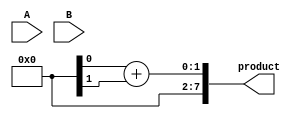
module unfolded_wallace_tree_multiplier #(parameter A_WIDTH = 4, B_WIDTH = 4)(
    input [A_WIDTH-1:0] A,
    input [B_WIDTH-1:0] B,
    output reg [A_WIDTH + B_WIDTH - 1:0] product
);

    // Generate partial products
    wire [A_WIDTH * B_WIDTH - 1:0] partial_products [0:B_WIDTH-1];
    genvar i, j;
    generate
        for (i = 0; i < B_WIDTH; i = i + 1) begin : pp_gen
            for (j = 0; j < A_WIDTH; j = j + 1) begin : pp_and
                assign partial_products[i][(i * A_WIDTH) + j] = A[j] & B[i];
            end
        end
    endgenerate

    // Stage 1: Combine partial products using half adders and full adders
    wire [A_WIDTH + B_WIDTH - 1:0] stage1 [0:B_WIDTH-1];
    wire [A_WIDTH + B_WIDTH - 1:0] carry1 [0:B_WIDTH-1];

    generate
        for (i = 0; i < B_WIDTH; i = i + 1) begin : stage1_comb
            if (i < B_WIDTH - 1) begin
                // Half adder for the first two bits
                assign stage1[i][0] = partial_products[i][0];
                assign stage1[i][1] = partial_products[i][1];
                assign {carry1[i][0], stage1[i][2]} = partial_products[i][2] + partial_products[i + 1][0];
            end else begin
                assign stage1[i] = partial_products[i];
            end
        end
    endgenerate

    // Stage 2: Further combine the results
    wire [A_WIDTH + B_WIDTH - 1:0] stage2 [0:B_WIDTH-1];
    wire [A_WIDTH + B_WIDTH - 1:0] carry2 [0:B_WIDTH-1];

    generate
        for (i = 0; i < B_WIDTH; i = i + 1) begin : stage2_comb
            if (i < B_WIDTH - 1) begin
                assign {carry2[i][0], stage2[i][0]} = stage1[i][0] + stage1[i][1];
                assign {carry2[i][1], stage2[i][1]} = stage1[i][2] + carry1[i][0];
            end else begin
                assign stage2[i] = stage1[i];
            end
        end
    endgenerate

    // Final stage: Add the last two numbers
    always @(*) begin
        product = stage2[B_WIDTH-1][0] + stage2[B_WIDTH-1][1];
    end

endmodule